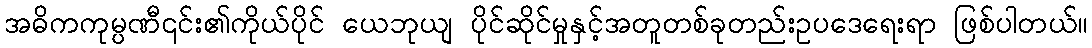
အဓိကကုမ္ပဏီ၎င်း၏ကိုယ်ပိုင် ယေဘုယျ ပိုင်ဆိုင်မှုနှင့်အတူတစ်ခုတည်းဥပဒေရေးရာ ဖြစ်ပါတယ်။